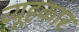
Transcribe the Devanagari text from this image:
व्यूहकार